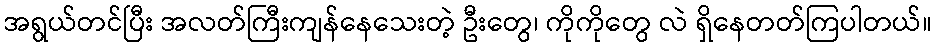
အရွယ်တင်ပြီး အလတ်ကြီးကျန်နေသေးတဲ့ ဦးတွေ၊ ကိုကိုတွေ လဲ ရှိနေတတ်ကြပါတယ်။